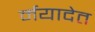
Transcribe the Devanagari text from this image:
र्मयादेत